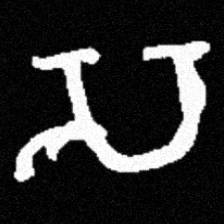
Pyu character \u2014 Myanmar letter: သ (romanized: sa)